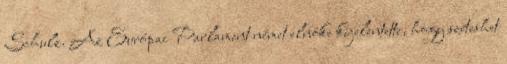
Schulz. Az Európai Parlament német elnöke kijelentette, hogy széteshet